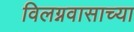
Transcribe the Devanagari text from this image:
विलग्नवासाच्या